Civil Veterinary Department Bihar & Orissa reports 1922-29 - 1922-1929
Year: 1922
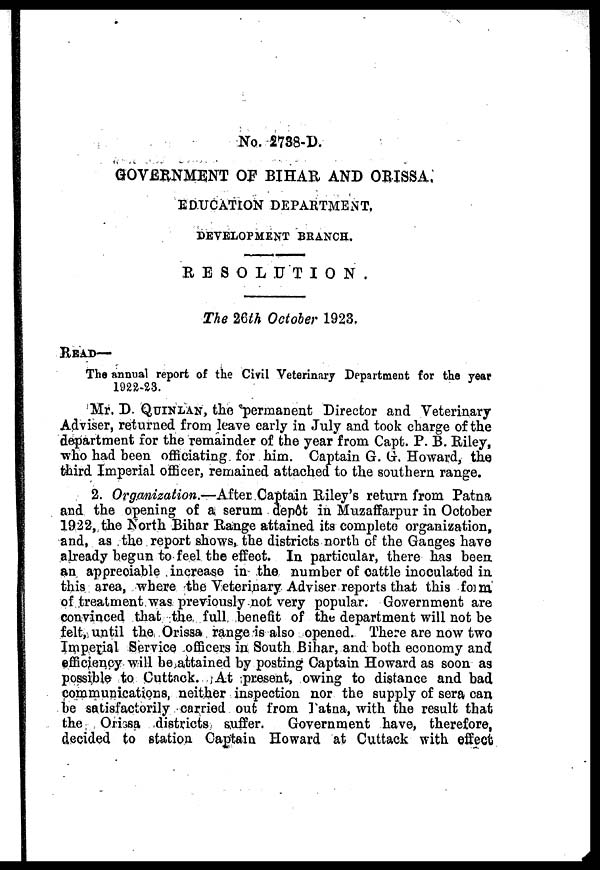
No. 2738-D.
GOVERNMENT OF BIHAR AND ORISSA,
EDUCATION DEPARTMENT.
DEVELOPMENT BRANCH.
RESOLUTION
The 26th October 1923.
READ—
The annual report of the Civil Veterinary Department for the year
Mr. D QUINLAN, the 'permanent Director and Veterinary
Adviser, returned from leave early in July and took charge of the
department for the remainder of the year from Capt. P. B. Riley,
who had been officiating for him. Captain G. G. Howard, the
third Imperial officer, remained attached to the southern range.
2. Organization.—After Captain Riley's return from Patna
and the opening of a serum depot in Muzaffarpur in October
1922, the North Bihar Range attained its complete organization,
and, as the report shows, the districts north of the Ganges have
already begun to feel the effect. In particular, there has been
an appreciable increase in the number of cattle inoculated in
this area, where the Veterinary Adviser reports that this form
of treatment was previously not very popular. Government are
convinced that the full benefit of the department will not be
felt, until the Orissa range is also opened. There are now two
Imperial Service officers in South Bihar, and both economy and
efficiency will be attained by posting Captain Howard as soon as
possible to Cuttack. At present, owing to distance and bad
communications, neither inspection nor the supply of sera can
be satisfactorily carried out from Patna, with the result that
the Orissa districts suffer. Government have, therefore,
decided to station Captain Howard at Cuttack with effect